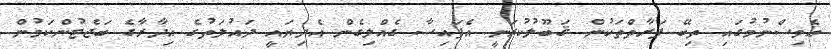
އެވިސްނުމުގައި ތިބޭ ފަރާތްތަކުން ޤަބޫލުކުރަނީ އެފައިސާ ގެއްލިގެން އެދިޔައީ ދައުލަތުގެ އިދާރާގެ ބަޖެޓުންކަމުން